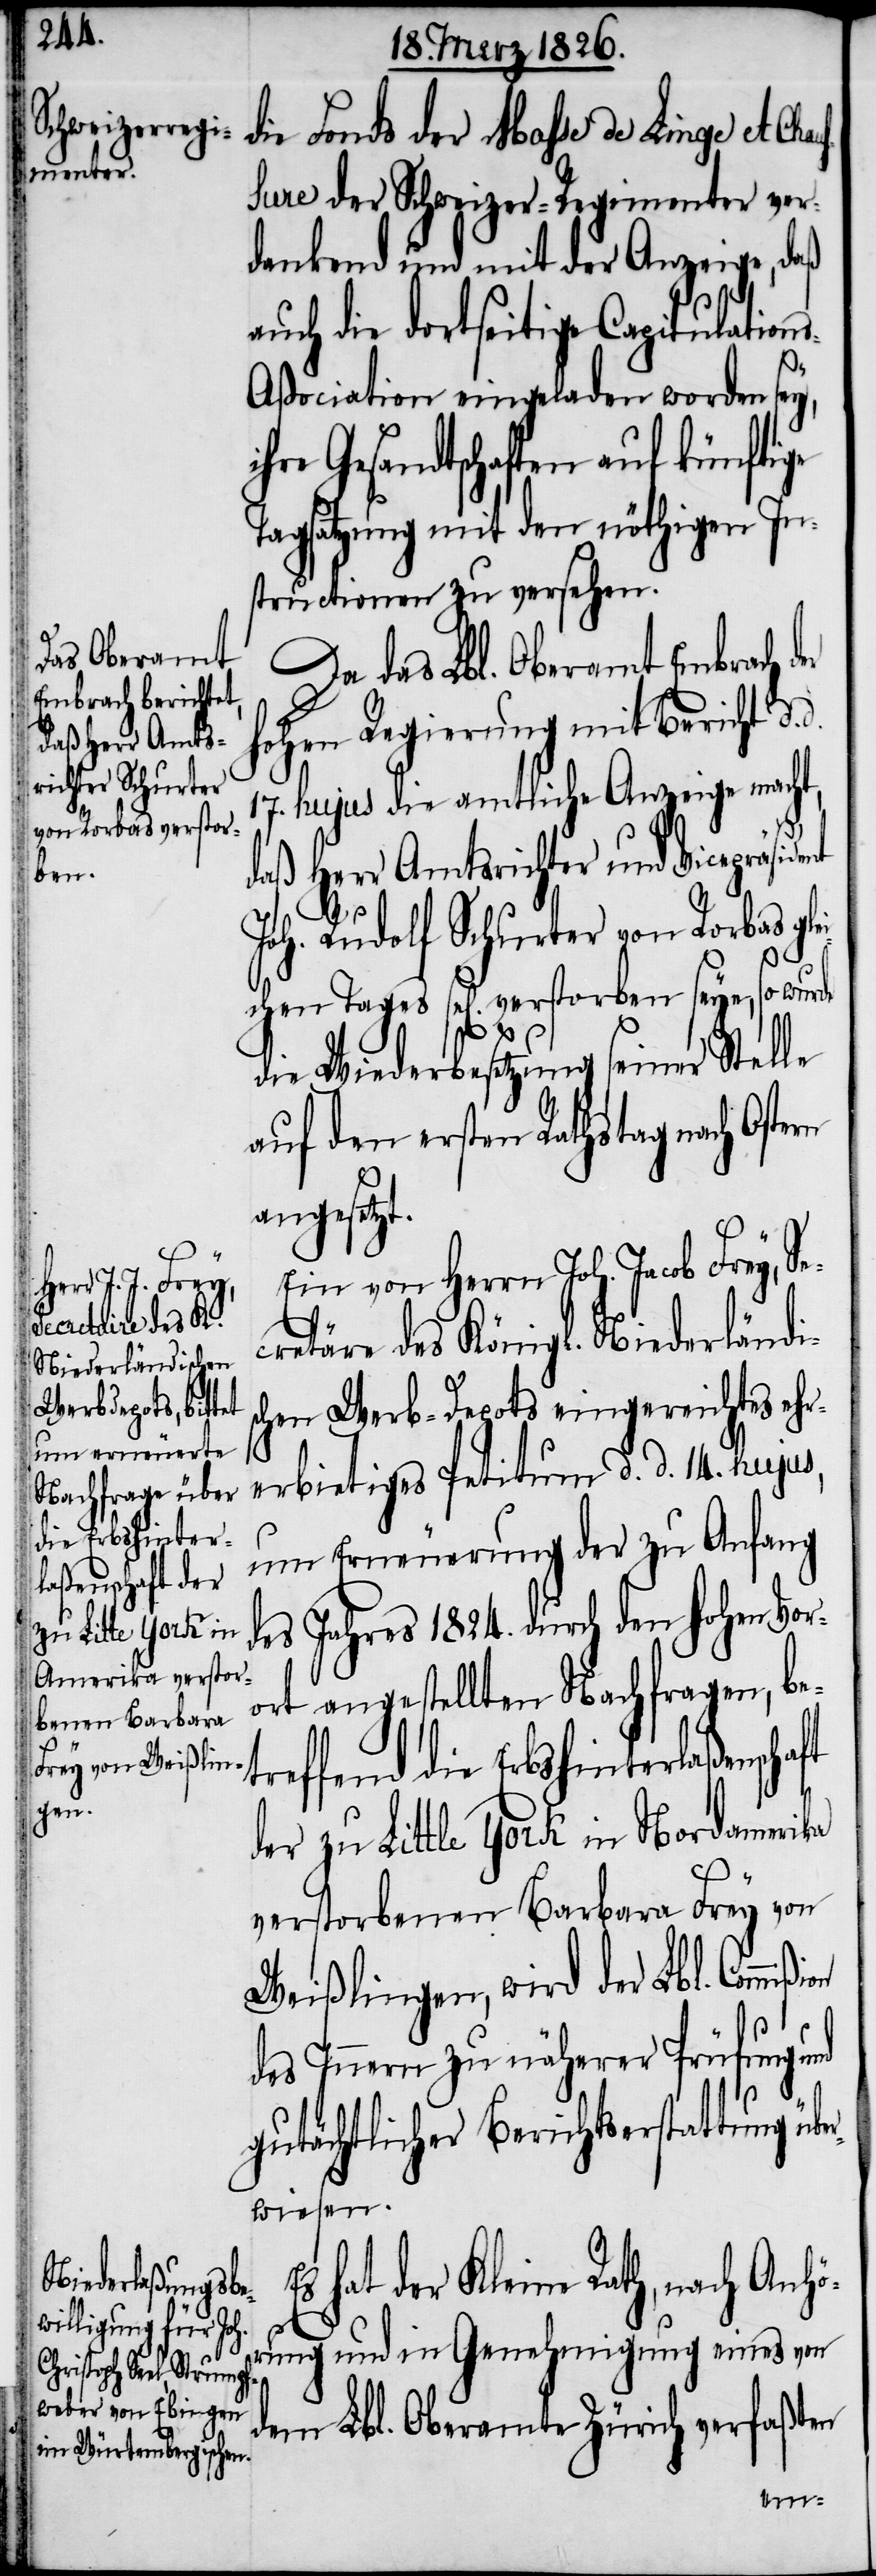
die Fonds der Masse de Linge et C¬
sure der Schweizer-Regimenter ver¬
dankend und mit der Anzeige, daß
auch die dortseitige Capitulation¬
s-Aßociation eingeladen worden sey,
hre Gesandtschaften mit den
structionen zu versehen.
Da das Lbl. Oberamt Embrach d¬
hohen Regierung mit Bericht d.
17. hujus die amtliche Anzeige macht,
daß Herr Amtsrichter und Vicepräsident
Joh. Rudolf Schurter von Rorbas gle¬
ichen Tages sel[ig] verstorben seye, so wur¬
die Wiederbesetzung seiner Stelle
auf den ersten Rathstag nach Ostern
angesetzt.
Ein von Herrn Joh. Jacob Frey, Se¬
cretäre des Königl. Niederländi¬
schen Werb-Depots eingereichtes ehr¬
erbietiges Petitum d. d. 14. hujus,
ft
um Erneuerung der zu Anfang
des Jahres 1824. durch den hohen Vor¬
ort angestellten Nachfragen, be¬
treffend die Erbshinterlaßenscha¬
haus¬
der zu Little York in Nordamerika
E¬
verstorbenen Barbara Frey von
Weißlingen, wird der Lbl. Commi¬
des Innern zu näherer Prüfung und
gutächtlicher Berichtserstattung üb¬
erwiesen.
s hat der Kleine Rath, nach Anhö¬
rung und in Genehmigung eines von
dem Lbl. Oberamte Zürich verfaßten
ßion